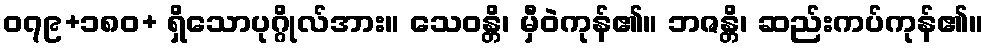
၀၇၉+၁၈၀+ ရှိသောပုဂ္ဂိုလ်အား။ သေဝန္တိ၊ မှီဝဲကုန်၏။ ဘဇန္တိ၊ ဆည်းကပ်ကုန်၏။